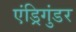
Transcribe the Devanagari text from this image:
एंड्रिगुंडर